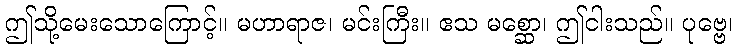
ဤသို့မေးသောကြောင့်။ မဟာရာဇ၊ မင်းကြီး။ ဧသ မစ္ဆော၊ ဤငါးသည်။ ပုဗ္ဗေ၊